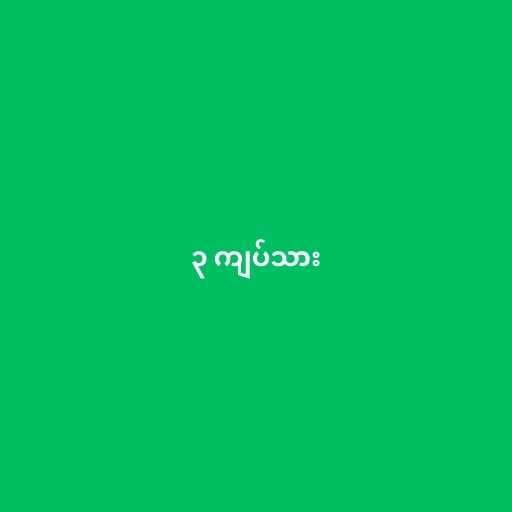
၃ ကျပ်သား